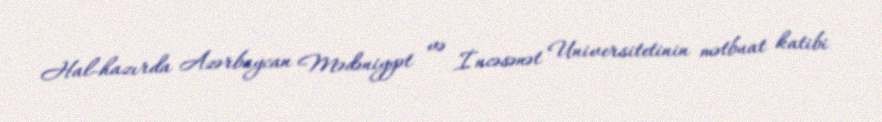
Hal-hazırda Azərbaycan Mədəniyyət və İncəsənət Universitetinin mətbuat katibi